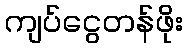
ကျပ်ငွေတန်ဖိုး